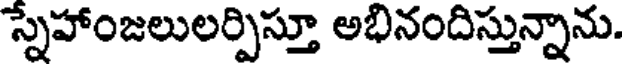
స్నేహాంజలులర్పిస్తూ అభినందిస్తున్నాను.